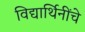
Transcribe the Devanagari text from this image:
विद्यार्थिनींचे